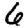
Digit: 6